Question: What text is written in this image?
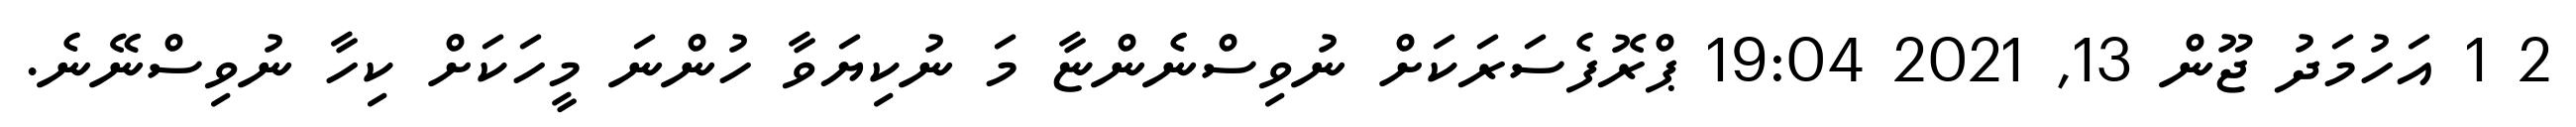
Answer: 2 1 އަހުމަދު ޖޫން 13, 2021 19:04 ޕްރޮފެސަރަކަށް ނުވިސްނެންޏާ މަ ނުކިޔަވާ ހުންނަ މީހަކަށް ކިހާ ނުވިސްނޭނެ.